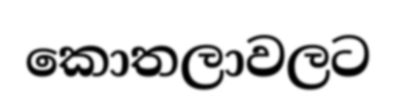
කොතලාවලට